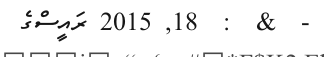
-  &  :  18